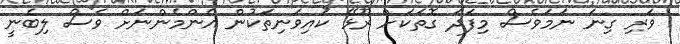
ވަރި ގިނަ ނަމަވެސް މިފަދަ ގޮތަކަށް ރޫޅޭ ކައިވަނިތަކުން އެންމެންނަށް ވެސް ލިބެނީ